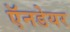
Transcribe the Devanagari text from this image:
ऍनडेयर